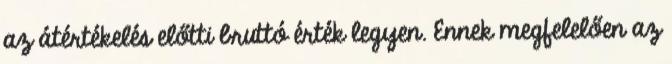
az átértékelés előtti bruttó érték legyen. Ennek megfelelően az